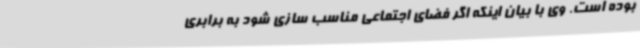
بوده است. وی با بیان اینکه اگر فضای اجتماعی مناسب سازی شود به برابری